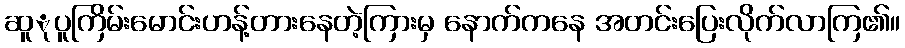
ဆူုပူကြိမ်းမောင်းဟန့်တားနေတဲ့ကြားမှ နောက်ကနေ အတင်းပြေးလိုက်လာကြ၏။